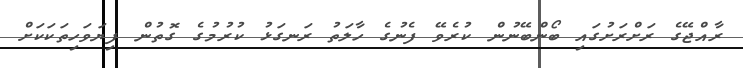
ރާއްޖޭގެ ރަށްރަށުގައި ބޯންބޭނުން ކުރެވޭ ފެނުގެ ހާލަތު ރަނގަޅު ކުރުމުގެ ގޮތުން ފިޔަވަހިތަކަކަށް